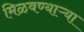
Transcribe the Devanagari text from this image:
मिळवण्याऱ्या